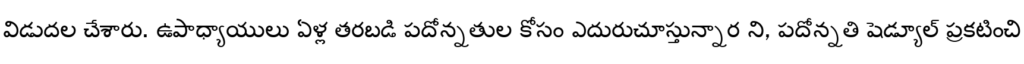
విడుదల చేశారు. ఉపాధ్యాయులు ఏళ్ల తరబడి పదోన్నతుల కోసం ఎదురుచూస్తున్నార ని, పదోన్నతి షెడ్యూల్ ప్రకటించి